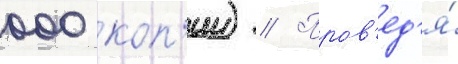
000 коп'ии) // Пров'ед'я́